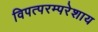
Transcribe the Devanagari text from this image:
विपत्परम्परेशाय